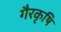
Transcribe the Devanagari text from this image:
गैरकृषि